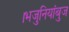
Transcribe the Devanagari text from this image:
।भजुनियांबुज